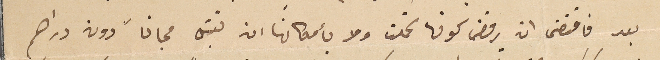
بعد فاقتضى ان يرفض كونها تحملت ولا بامكانها ان تقبل مجاناً دون دراهم